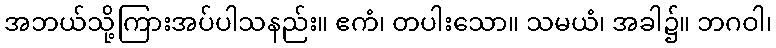
အဘယ်သို့ကြားအပ်ပါသနည်း။ ဧကံ၊ တပါးသော။ သမယံ၊ အခါ၌။ ဘဂဝါ၊